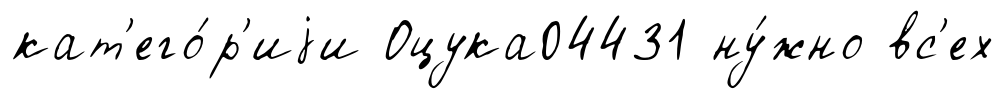
кат'его́р'иjи Оцука04431 ну́жно вс'ех